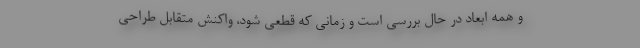
و همه ابعاد در حال بررسی است و زمانی که قطعی شود، واکنش متقابل طراحی